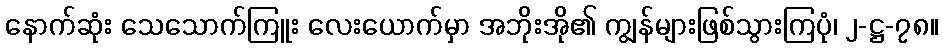
နောက်ဆုံး သေသောက်ကြူး လေးယောက်မှာ အဘိုးအို၏ ကျွန်များဖြစ်သွားကြပုံ၊ ၂-ဋ္ဌ-၇၈။